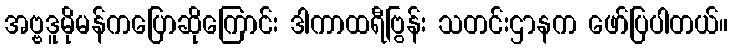
အဗ္ဗဒူမိုမန်ကပြောဆိုကြောင်း ဒါကာထရီဗြွန်း သတင်းဌာနက ဖော်ပြပါတယ်။